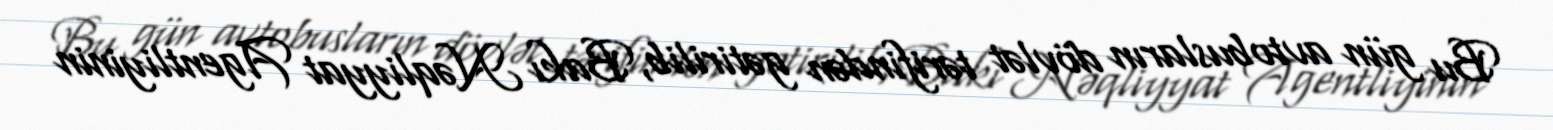
Bu gün avtobusların dövlət tərifindən gətirilib, Bakı Nəqliyyat Agentliyinin